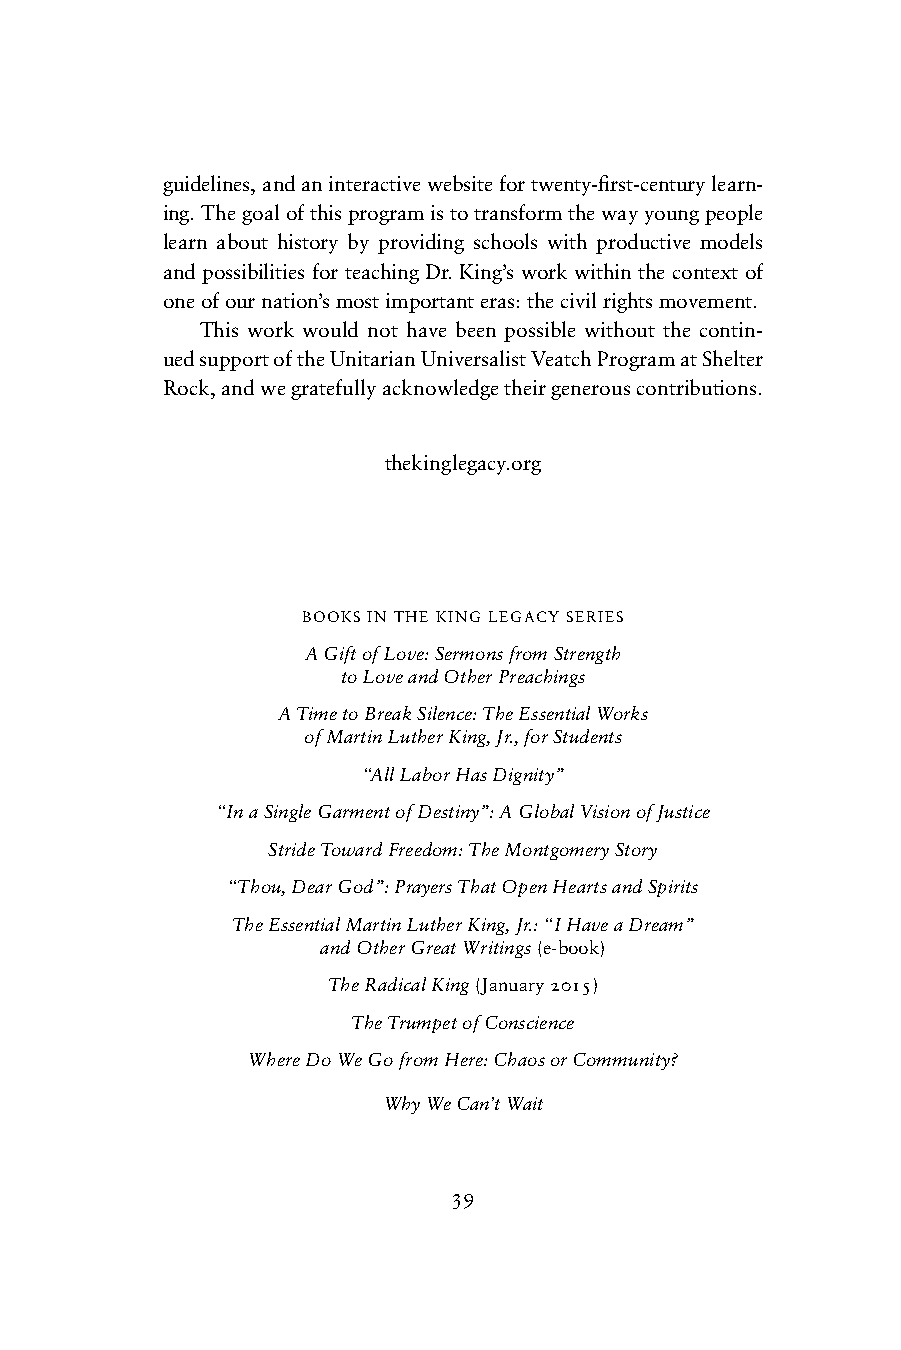
guidelines, and an interactive website for twenty-fi rst-century learn-
 ing. The goal of this program is to transform the way young people
 learn about history by providing schools with productive models
 and possibilities for teaching Dr. King’s work within the context of
 one of our nation’s most important eras: the civil rights movement.
 This work would not have been possible without the contin-
 ued support of the Unitarian Universalist Veatch Program at Shelter
 Rock, and we gratefully acknowledge their generous contributions.
 thekinglegacy.org
 BOOKS IN THE KING LEGACY SERIES
 A Gift of Love: Sermons from Strength
 to Love and Other Preachings
 A Time to Break Silence: The Essential Works
 of Martin Luther King, Jr., for Students
 “All Labor Has Dignity”
 “In a Single Garment of Destiny”: A Global Vision of Justice
 Stride Toward Freedom: The Montgomery Story
 “Thou, Dear God”: Prayers That Open Hearts and Spirits
 The Essential Martin Luther King, Jr.: “I Have a Dream”
 and Other Great Writings (e-book)
 The Radical King (January 2015)
 The Trumpet of Conscience
 Where Do We Go from Here: Chaos or Community?
 Why We Can’t Wait
 39